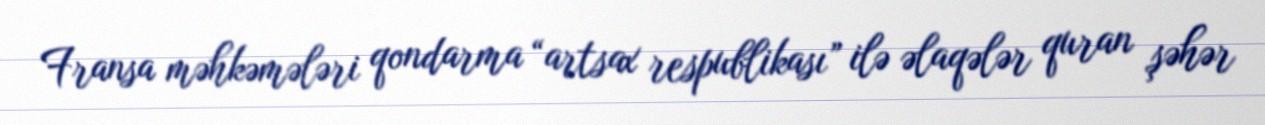
Fransa məhkəmələri qondarma “artsax respublikası” ilə əlaqələr quran şəhər